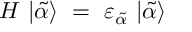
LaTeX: H \ | \tilde { \alpha } \rangle ~ = ~ \varepsilon _ { \tilde { \alpha } } \ | \tilde { \alpha } \rangle